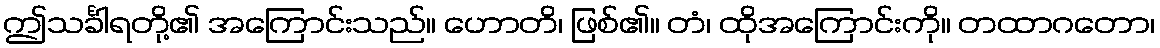
ဤသင်္ခါရတို့၏ အကြောင်းသည်။ ဟောတိ၊ ဖြစ်၏။ တံ၊ ထိုအကြောင်းကို။ တထာဂတော၊